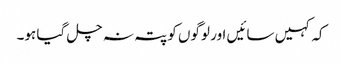
کہ کہیں سائیں اور لوگوں کو پتہ نہ چل گیا ہو۔